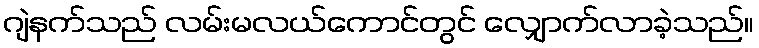
ဂျဲနက်သည် လမ်းမလယ်ကောင်တွင် လျှောက်လာခဲ့သည်။